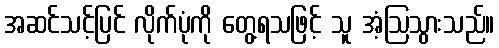
အဆင်သင့်ပြင် လိုက်ပုံကို တွေ့ရသဖြင့် သူ အံ့ဩသွားသည်။